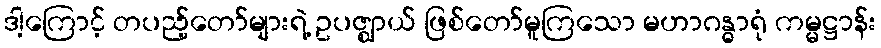
ဒါ့ကြောင့် တပည့်တော်များရဲ့ ဥပဇ္ဈာယ် ဖြစ်တော်မူကြသော မဟာဂန္ဓာရုံ ကမ္မဋ္ဌာန်း